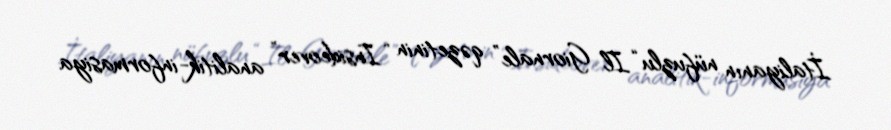
İtaliyanın nüfuzlu “Il Giornale” qəzetinin “Insideover” analitik-informasiya